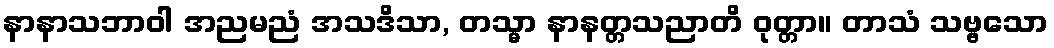
နာနာသဘာဝါ အညမညံ အသဒိသာ, တသ္မာ နာနတ္တသညာတိ ဝုတ္တာ။ တာသံ သဗ္ဗသော